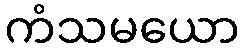
ကံသမယော